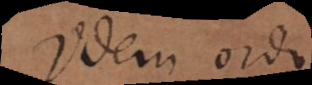
Idem ordo